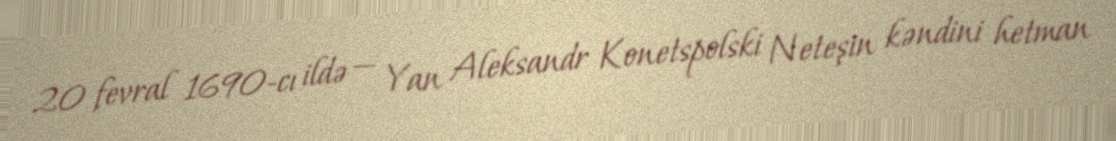
20 fevral 1690-cı ildə — Yan Aleksandr Konetspolski Neteşin kəndini hetman